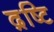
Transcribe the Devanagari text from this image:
द़ष्टि